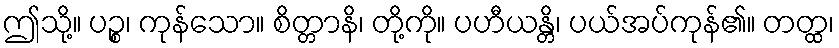
ဤသို့။ ပဉ္စ၊ ကုန်သော။ စိတ္တာနိ၊ တို့ကို။ ပဟီယန္တိ၊ ပယ်အပ်ကုန်၏။ တတ္ထ၊